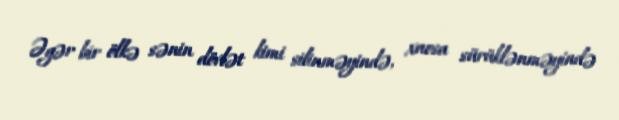
Əgər bir ölkə sənin dövlət kimi silinməyində, xaosa sürüklənməyində